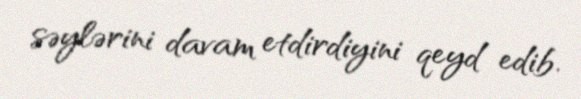
səylərini davam etdirdiyini qeyd edib.